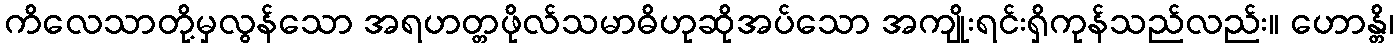
ကိလေသာတို့မှလွန်သော အရဟတ္တဖိုလ်သမာဓိဟုဆိုအပ်သော အကျိုးရင်းရှိကုန်သည်လည်း။ ဟောန္တိ၊